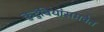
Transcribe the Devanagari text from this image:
कुटुंबियांसमवेत